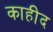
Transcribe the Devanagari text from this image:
काहीद